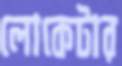
লোকেটার